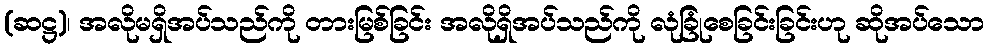
(ဆဋ္ဌ)၊ အလိုမရှိအပ်သည်ကို တားမြစ်ခြင်း အလိုရှိအပ်သည်ကို လုံခြုံစေခြင်းခြင်းဟု ဆိုအပ်သော